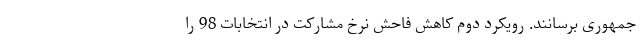
جمهوری برسانند. رویکرد دوم کاهش فاحش نرخ مشارکت در انتخابات 98 را